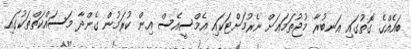
ބައެއްގެ ގޮތުގައި އަނބުރާ މުޖުތަމަޢަށް ނެރުމަށްޓަކައި އެމްސީއެސް އިން ކުރަމުން ގެންދާ މަސައްކަތްތަކުގައި